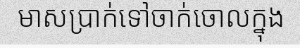
មាសប្រាក់ទៅចាក់ចោលក្នុង